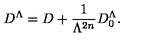
D ^ { \Lambda } = D + \frac { 1 } { \Lambda ^ { 2 n } } D _ { 0 } ^ { \Lambda } .